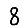
Digit: 8